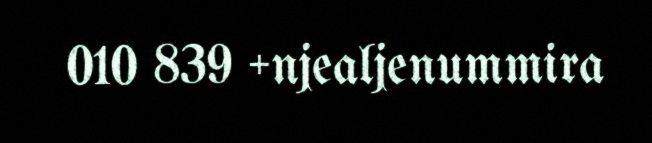
010 839 +njealjenummira